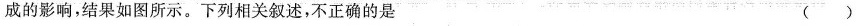
成的影响，结果如图所示。下列相关叙述，不正确的是 ( )